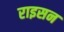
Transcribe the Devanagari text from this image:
राइसन